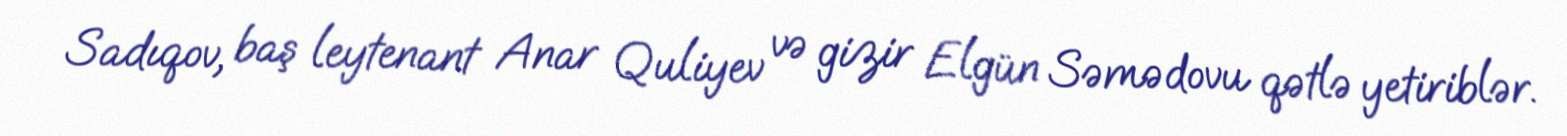
Sadıqov, baş leytenant Anar Quliyev və gizir Elgün Səmədovu qətlə yetiriblər.